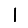
Digit: 1